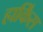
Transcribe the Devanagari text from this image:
हार्किंस